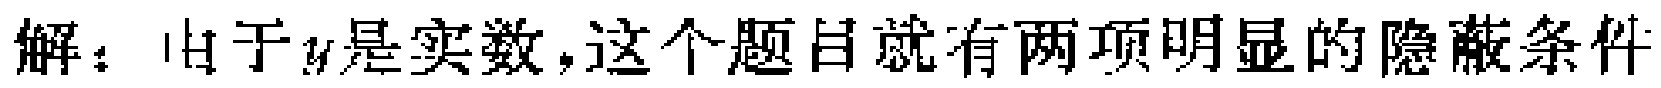
解：由于\(y\)是实数，这个题目就有两项明显的隐蔽条件